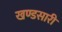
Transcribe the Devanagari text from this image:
खण्डसारी